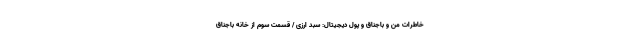
خاطرات من و باجناق و پول دیجیتال: سبد ارزی / قسمت سوم از خانه باجناق